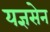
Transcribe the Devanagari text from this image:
यज्ञसेन